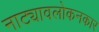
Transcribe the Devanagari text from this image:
नाट्यावलोकनकार